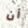
أن